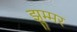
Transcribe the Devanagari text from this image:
झुम्मर